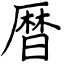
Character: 暦